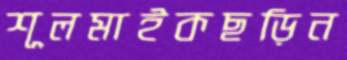
শূলমাইকছড়িন